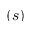
\left( s \right)